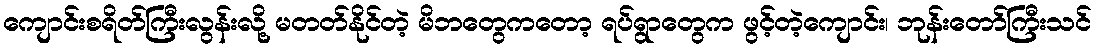
ကျောင်းစရိတ်ကြီးလွန်းလို့ မတတ်နိုင်တဲ့ မိဘတွေကတော့ ရပ်ရွာတွေက ဖွင့်တဲ့ကျောင်း၊ ဘုန်းတော်ကြီးသင်